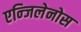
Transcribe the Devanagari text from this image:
एन्जिलेनोस